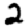
Digit: 2